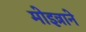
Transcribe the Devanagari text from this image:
मोइत्राने